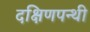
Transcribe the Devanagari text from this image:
दक्षिणपन्थी